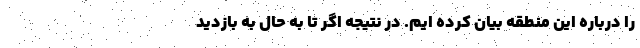
را درباره این منطقه بیان کرده ایم. در نتیجه اگر تا به حال به بازدید